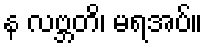
န လဗ္ဘတိ၊ မရအပ်။